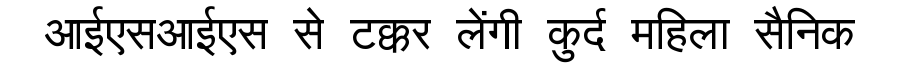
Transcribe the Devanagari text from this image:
आईएसआईएस से टक्कर लेंगी कुर्द महिला सैनिक